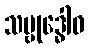
သမ္ဗုဒ္ဓေါဝ